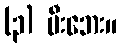
(၃) မီးဘေး။